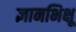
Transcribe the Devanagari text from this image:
ज्ञानभिक्षू